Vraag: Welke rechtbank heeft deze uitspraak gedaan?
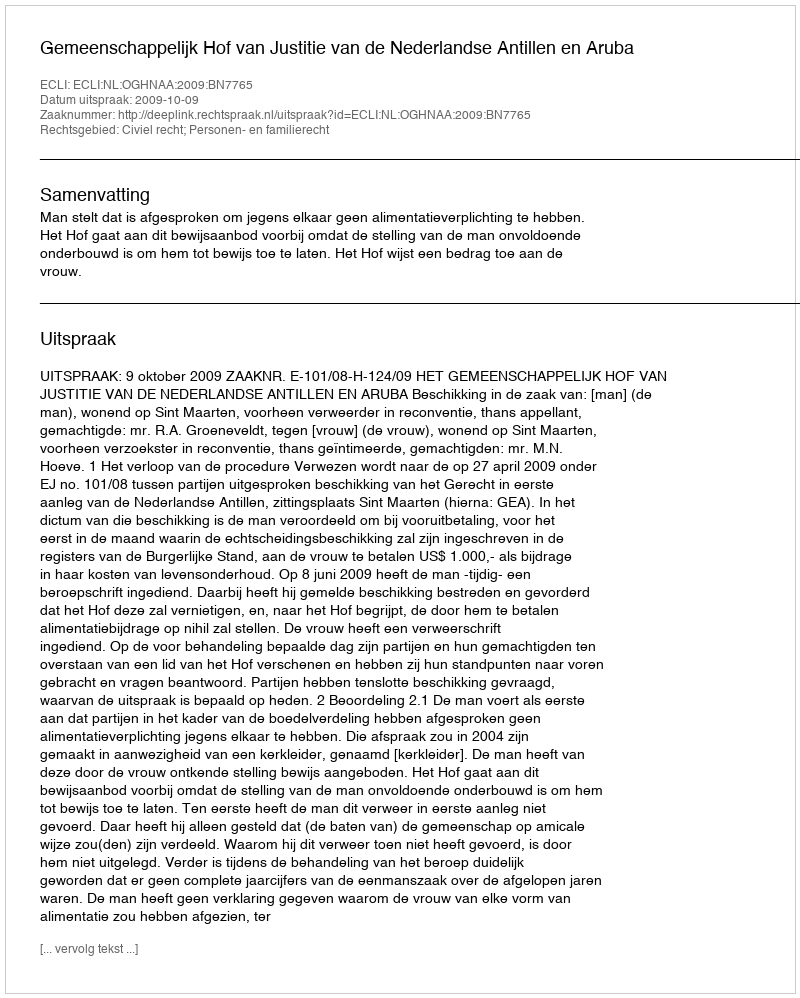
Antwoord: Gemeenschappelijk Hof van Justitie van de Nederlandse Antillen en Aruba